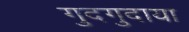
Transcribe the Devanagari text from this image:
गुदगुदाया